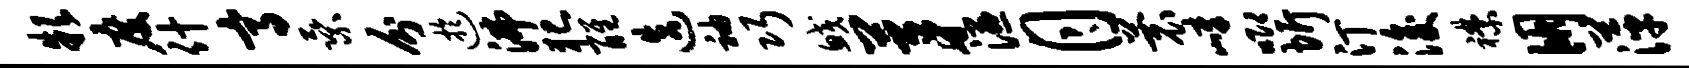
款度什高乘分迂沸犯醒迭袖巧鲛茅湿月蓑嶂唧圻汀浚襟朋萍